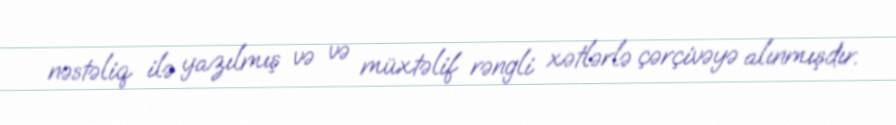
nəstəliq ilə yazılmış və və müxtəlif rəngli xətlərlə çərçivəyə alınmışdır.